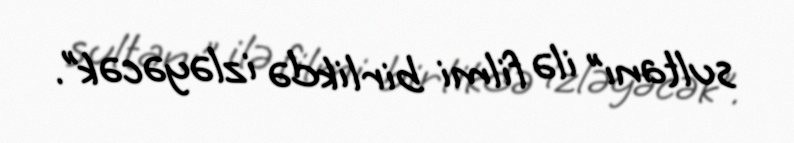
sultanı” ilə filmi birlikdə izləyəcək”.